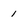
Character: 1